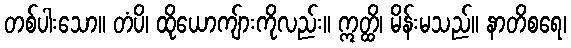
တစ်ပါးသော။ တံပိ၊ ထိုယောကျ်ားကိုလည်း။ ဣတ္ထိ၊ မိန်းမသည်။ နာတိစရေ၊